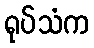
ရုပ်သံက